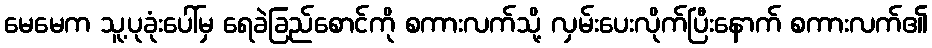
မေမေက သူ့ပုခုံးပေါ်မှ ရေခဲခြည်စောင်ကို စကားလက်သို့ လှမ်းပေးလိုက်ပြီးနောက် စကားလက်၏